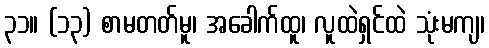
၃၁။ (၁၃) စာမတတ်မူ၊ အခေါက်ထူ၊ လူထဲရှင်ထဲ သုံးမကျ၊